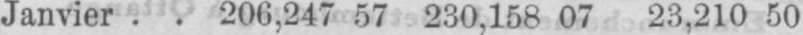
Janvier .. 206,247 57 230,158 07 23,210 50